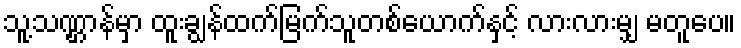
သူ့သဏ္ဌာန်မှာ ထူးချွန်ထက်မြက်သူတစ်ယောက်နှင့် လားလားမျှ မတူပေ။